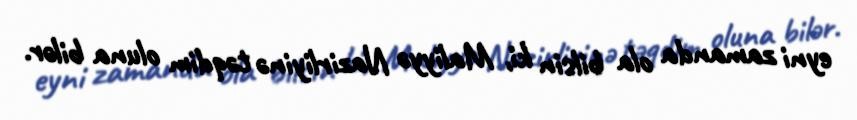
eyni zamanda ola bilsin ki, Maliyyə Nazirliyinə təqdim oluna bilər.